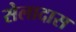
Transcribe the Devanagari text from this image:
सेलादास